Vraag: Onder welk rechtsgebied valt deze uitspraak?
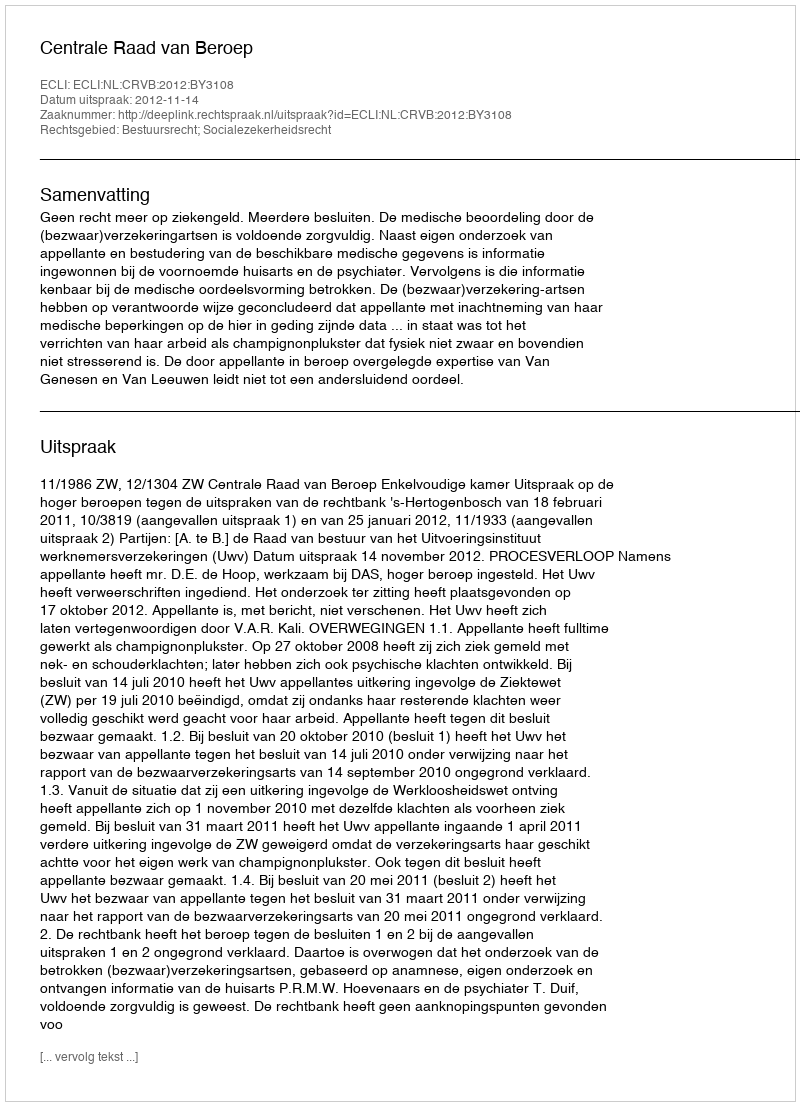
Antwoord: Bestuursrecht; Socialezekerheidsrecht